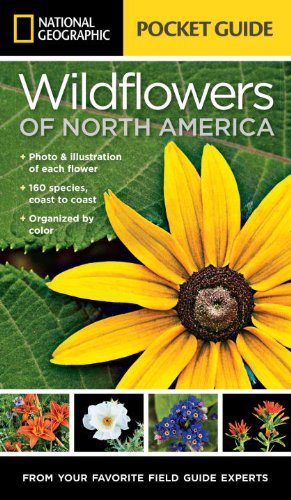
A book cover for National Geographic Pocket Guide to Wildflowers of North America; Catherine Herbert Howell; Crafts, Hobbies & Home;